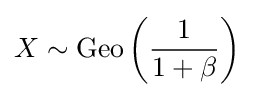
X\sim \operatorname {Geo\left({\frac {1}{1+\beta }}\right)}